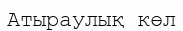
Атыраулық көл